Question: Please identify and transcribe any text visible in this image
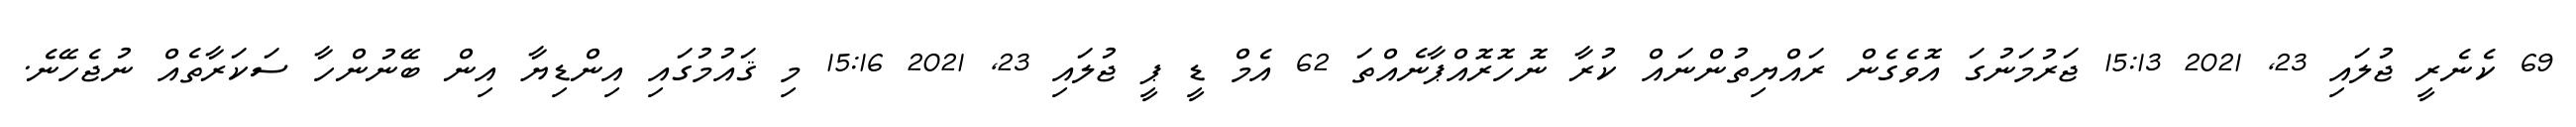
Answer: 69 ކެނެރީ ޖުލައި 23, 2021 15:13 ޖަރުމަނުގަ އޮވެގެން ރައްޔިތުންނައް ކުރާ ނޮހޮރޮއްޕާނެއްތަ 62 އެމް ޑީ ޕީ ޖުލައި 23, 2021 15:16 މި ޤައުމުގައި އިންޑިޔާ އިން ބޭނުންހާ ސަކަރާތެއް ނުޖެހޭނެ.